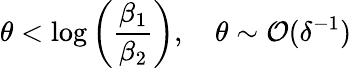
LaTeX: \theta<\log{\left(\frac{\beta_{1}}{\beta_{2}}\right)},\quad\theta\sim\mathcal{O}(\delta^{-1})